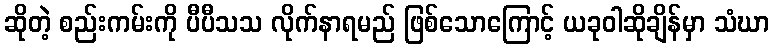
ဆိုတဲ့ စည်းကမ်းကို ပီပီသသ လိုက်နာရမည် ဖြစ်သောကြောင့် ယခုဝါဆိုချိန်မှာ သံဃာ